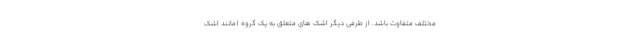
مختلف متفاوت باشد. از طرفی دیگر اشک های متعلق به یک گروه (مانند اشک